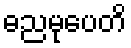
ဓညမုပေတိ